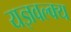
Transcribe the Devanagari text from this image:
यज्ञवल्क्य